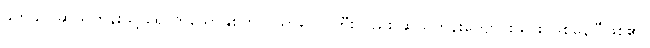
ခက်ခက်ဆယ်တန်းသို့ ရောက်သောနှစ်တွင် သာဂေါင်ကြီးလည်း ဆယ်တန်းကျောင်းသား ဖြစ်နေပြီဖြစ်၏။